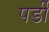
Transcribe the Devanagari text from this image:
पर्डी